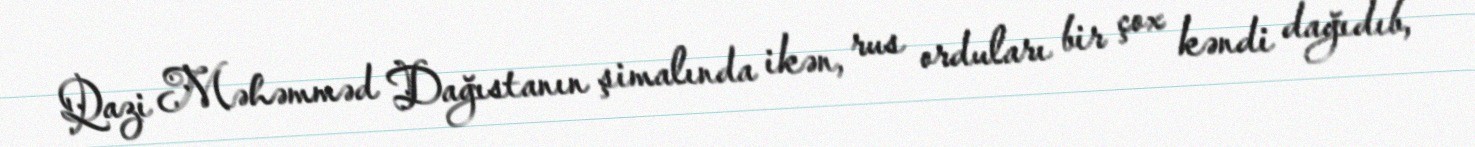
Qazi Məhəmməd Dağıstanın şimalında ikən, rus orduları bir çox kəndi dağıdıb,